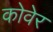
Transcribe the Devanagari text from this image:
कोवेर